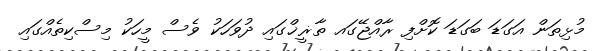
މުޅިތަން އަގަޑަ ބަގަޑަ ކޮށްފި ރާއްޖޭގައ ތާޜީޚްގައި ދުވަހަކު ވެސް މީހަކު މިސްކިތެއްގައި